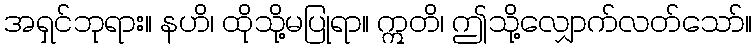
အရှင်ဘုရား။ နဟိ၊ ထိုသို့မပြုရာ။ ဣတိ၊ ဤသို့လျှောက်လတ်သော်။